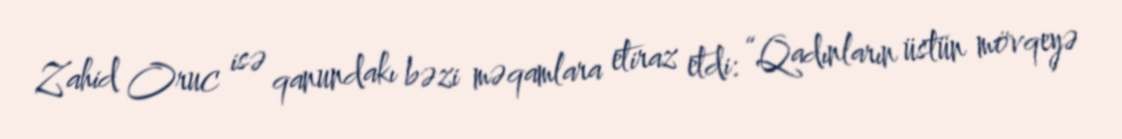
Zahid Oruc isə qanundakı bəzi məqamlara etiraz etdi: “Qadınların üstün mövqeyə